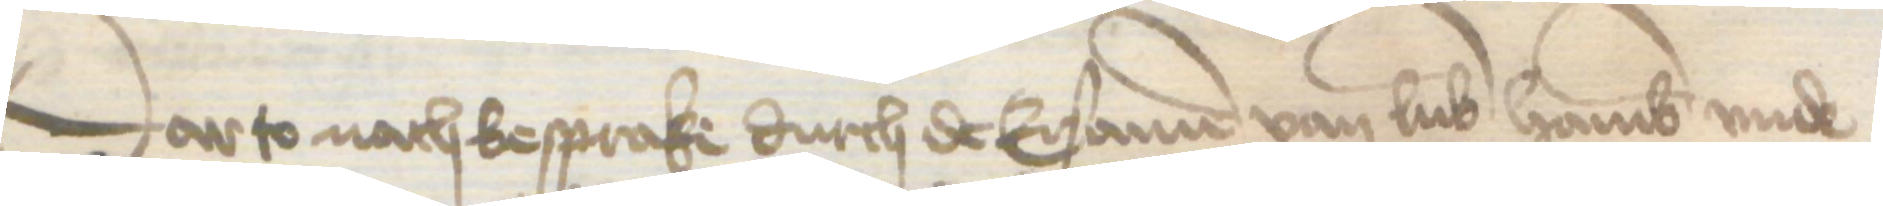
Darto nach besprake durch de Ersamen van Lubek Hamburg vnde